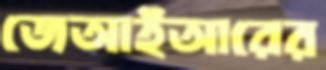
জেআইআরের